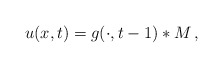
\begin{align*} u(x,t) = g(\cdot,t-1) \ast M \, ,\end{align*}